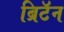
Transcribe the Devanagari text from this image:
ब्रिटॅन